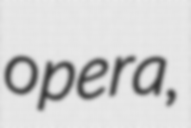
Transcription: opera,